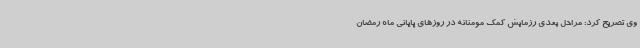
وی تصریح کرد: مراحل بعدی رزمایش کمک مومنانه در روزهای پایانی ماه رمضان